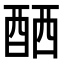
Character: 𨠴